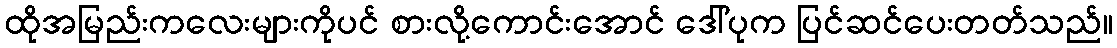
ထိုအမြည်းကလေးများကိုပင် စားလို့ကောင်းအောင် ဒေါ်ပုက ပြင်ဆင်ပေးတတ်သည်။